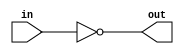
//`timescale 1ns/1ps
////////////////////////////////////////////// INV
module INV(in, out);
	output out;
    input in;
	
	assign out = ~ in;
endmodule

////////////////////////////////////////////// AND2
module AND2(A,B,Y);
    output Y;
    input A, B;
     
	assign Y = A & B;
endmodule

////////////////////////////////////////////// OR2
module OR2(A,B,Y);
    output Y;
    input A, B;
	
	assign Y = A | B;
endmodule

////////////////////////////////////////////// NAND2
module NAND2(A,B,Y);
    output Y;
    input A, B;
     
	assign Y = ~(A & B);
endmodule

////////////////////////////////////////////// NOR2

module NOR2(A,B,Y);
    output Y;
    input A,B;
     
	assign Y = ~(A | B);
endmodule

////////////////////////////////////////////// XOR2
module XOR2(A,B,Y);
    output Y;
    input A, B;
    
	assign Y = A ^ B;
endmodule

//////////////////////////////////////////////XNOR2
module XNOR2(A,B,Y);
    output Y;
    input A,B;
    
	assign Y = ~(A ^ B);
endmodule